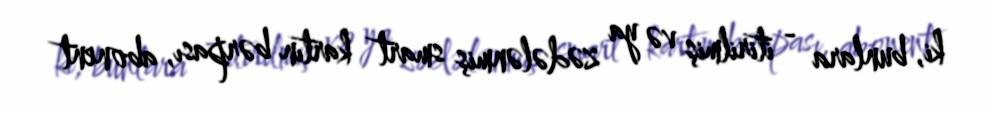
ki, bunlara - itirilmiş və ya zədələnmiş smart kartın bərpası, abonent